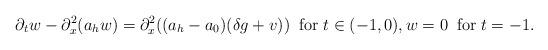
LaTeX: \begin{align*}\partial_tw-\partial_x^2(a_hw)=\partial_x^2((a_h-a_0)(\delta g+v))\;\;\mbox{for}\;t\in(-1,0),w=0\;\;\mbox{for}\;t=-1.\end{align*}